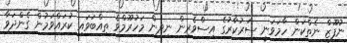
ނުފޫޒް ނެތްކަން ހާމަވަނީ ސަރުކާރުގެ އިސްވެރިން ނިދިން މަހުރޫމްވެ ތިއްބަވައި ކުރައްވަމުން ގެންދަވާ